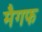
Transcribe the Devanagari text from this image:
मैगफ